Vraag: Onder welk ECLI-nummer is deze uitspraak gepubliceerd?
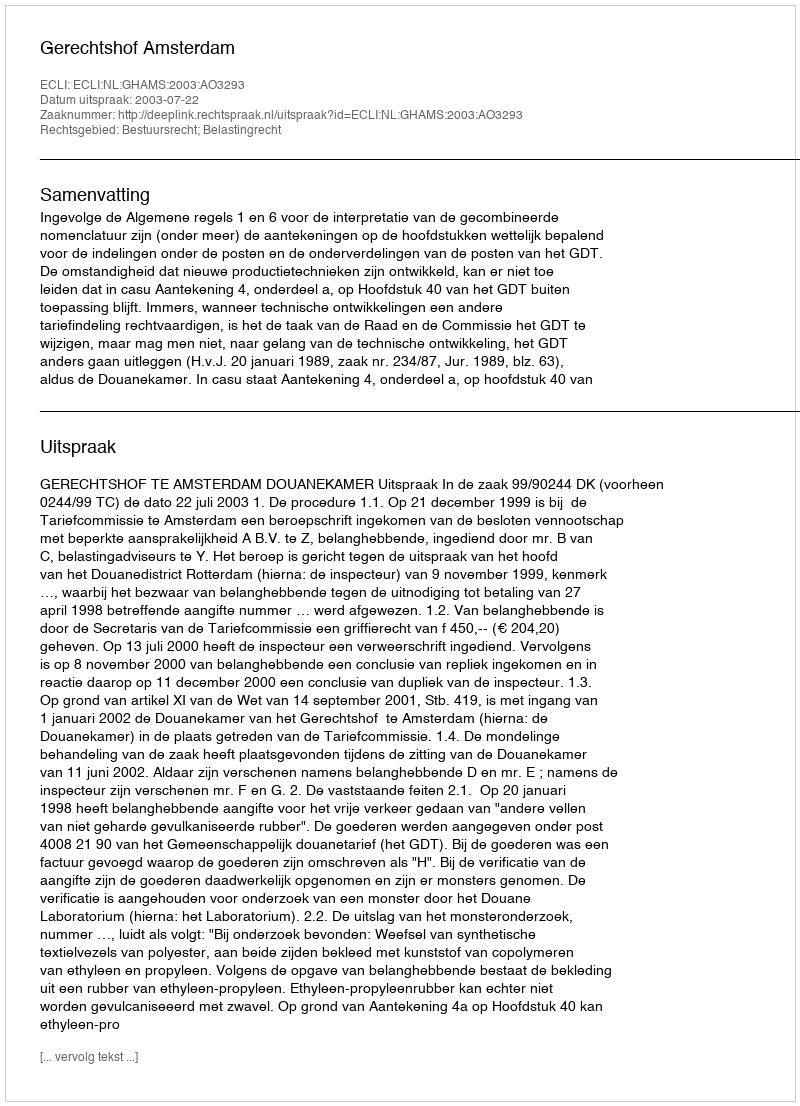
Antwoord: ECLI:NL:GHAMS:2003:AO3293